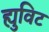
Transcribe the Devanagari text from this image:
ह्युविट